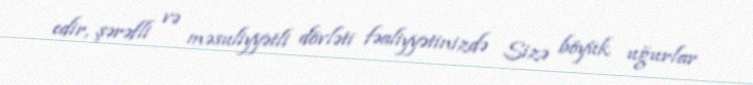
edir, şərəfli və məsuliyyətli dövləti fəaliyyətinizdə Sizə böyük uğurlar